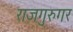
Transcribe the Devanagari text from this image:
राजगुरुगर